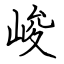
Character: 峻